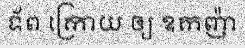
ទ័ព ក្រោយ ឲ្យ ឧកញ៉ា